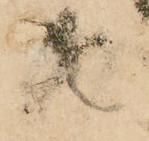
御